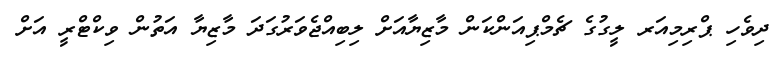
ދިވެހި ޕްރިމިއަރ ލީގުގެ ޗެމްޕިއަންކަން މާޒިޔާއަށް ލިބިއްޖެވަރުގަދަ މާޒިޔާ އަތުން ވިކްޓްރީ އަށް